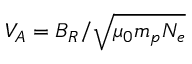
V _ { A } = B _ { R } / \sqrt { \mu _ { 0 } m _ { p } N _ { e } }